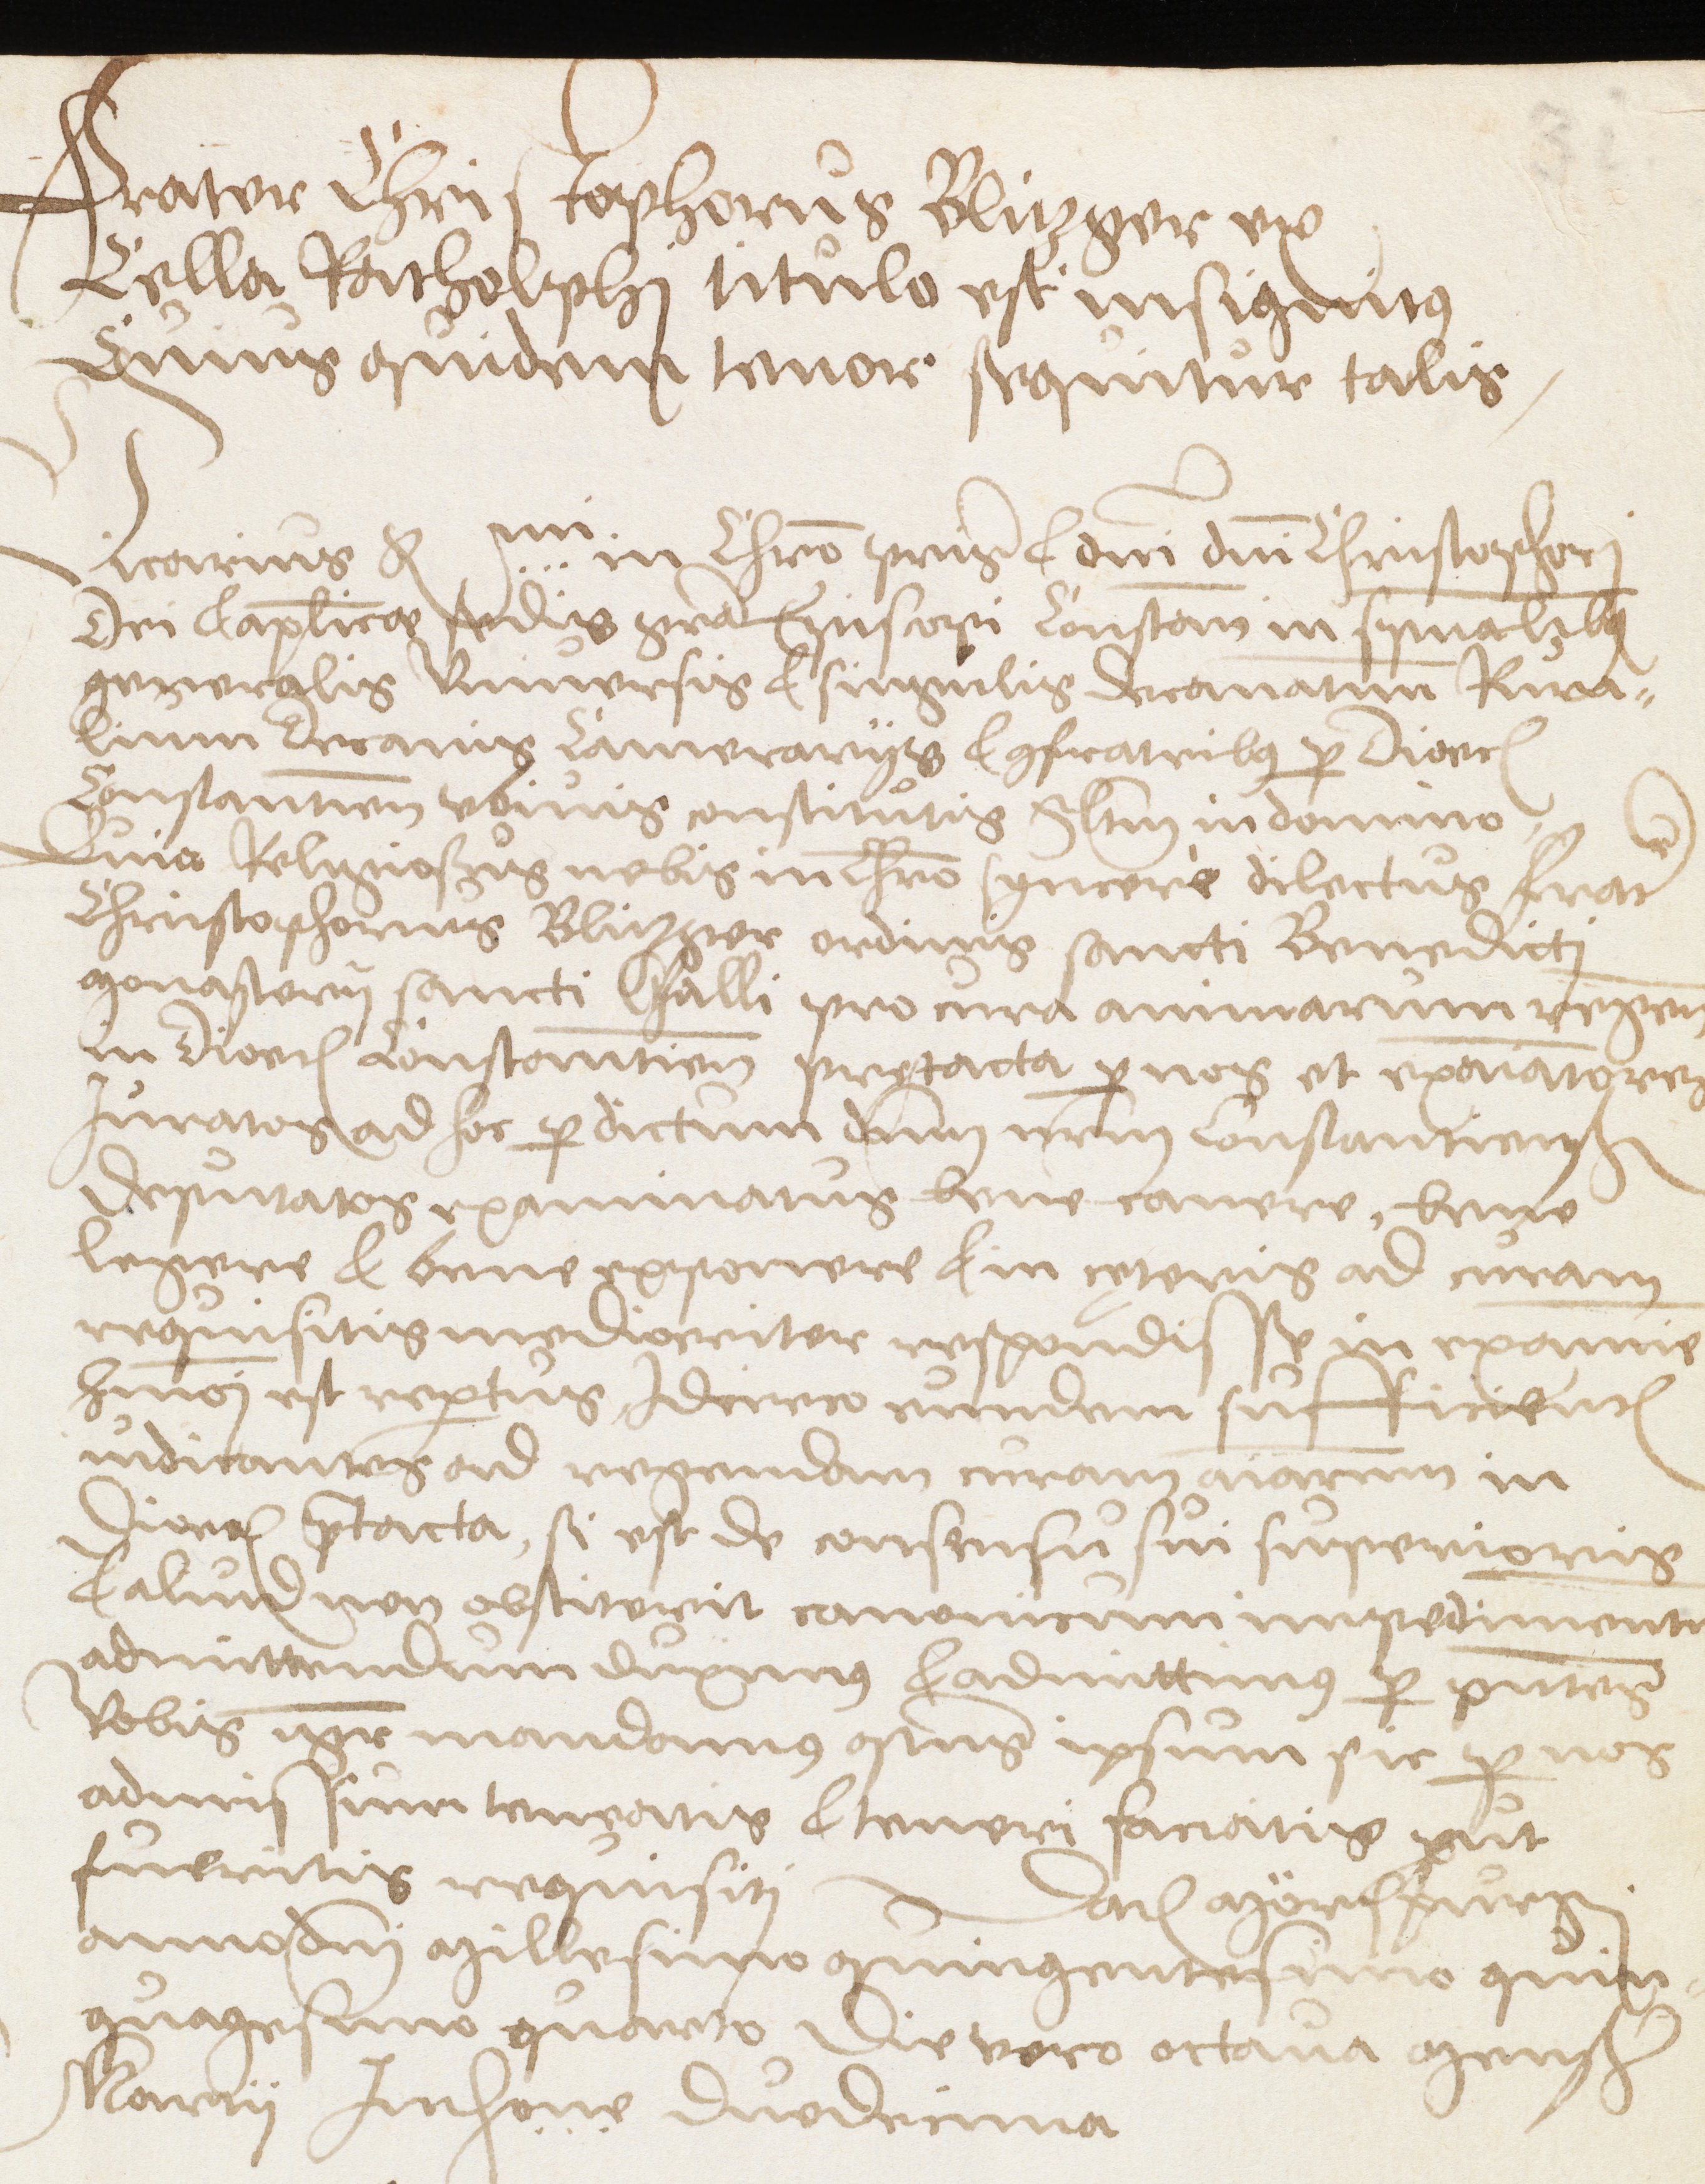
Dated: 1500–1599